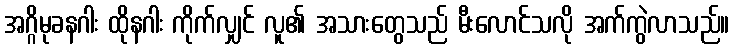
အဂ္ဂိမုခနဂါး ထိုနဂါး ကိုက်လျှင် လူ၏ အသားတွေသည် မီးလောင်သလို အက်ကွဲလာသည်။